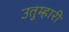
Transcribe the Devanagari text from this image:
उतुम्हारी